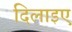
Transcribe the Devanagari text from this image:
दिलाइए